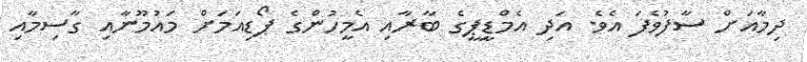
ދިމާއަށް ސާފުވެފަ އެވެ. އަދި އެމްޑީޕީގެ ބާރާއި އެމީހުންގެ ޕޯޑިއަމަށް މައުމޫނާއި ގާސިމާއި